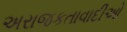
અરાજકતાવાદીઓ